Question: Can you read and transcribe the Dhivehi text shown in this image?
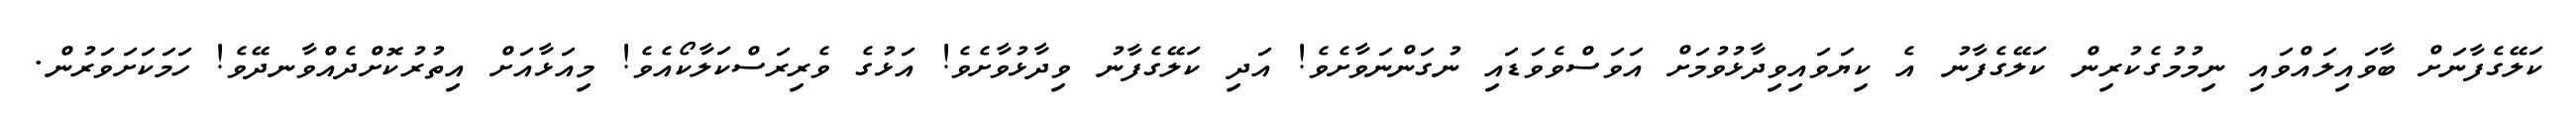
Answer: ކަލޭގެފާނަށް ބާވައިލައްވައި ނިމުމުގެކުރިން ކަލޭގެފާނު އެ ކިޔަވައިވިދާޅުވުމަށް އަވަސްވެވަޑައި ނުގަންނަވާށެވެ! އަދި ކަލޭގެފާނު ވިދާޅުވާށެވެ! އަޅުގެ ވެރިރަސްކަލާކޯއެވެ! މިއަޅާއަށް އިތުރުކޮށްދެއްވާނދޭވެ! ހަމަކަށަވަރުން.